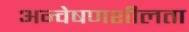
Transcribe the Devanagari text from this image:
अन्वेषणशीलता